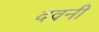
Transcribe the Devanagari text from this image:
दवनी